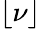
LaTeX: \lfloor\nu\rfloor